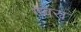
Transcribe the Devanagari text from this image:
गेवरा